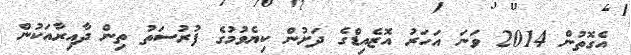
އެގޮތުން 2014 ވަނަ އަހަރު އޮޒެއިޑްގެ ދަށުން ކިޔެވުމުގެ ފުރުސަތު ތިން ދާއިރާއަކުން